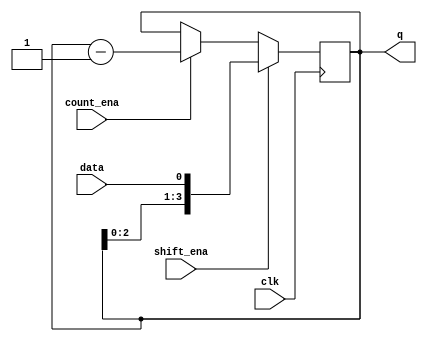
// SPDX-License-Identifier: MIT

module top_module (
    input clk,
    input shift_ena,
    input count_ena,
    input data,
    output [3:0] q);
    
    reg [3:0] shift_reg;
    
    assign q = shift_reg;
    
    always @(posedge clk) begin
        if (shift_ena) shift_reg <= { shift_reg[2:0], data };
        else if (count_ena) shift_reg <= shift_reg - 4'd1;
    end

endmodule